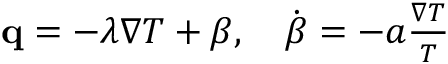
\begin{array} { r } { \mathbf q = - \lambda \nabla T + \boldsymbol { \beta } , \quad \dot { \boldsymbol { \beta } } = - a \frac { \nabla T } { T } } \end{array}